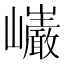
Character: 𭗷